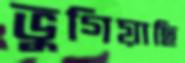
ভুগিয়াছি